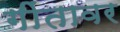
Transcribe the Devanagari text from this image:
गींतावर